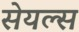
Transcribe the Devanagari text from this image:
सेयल्स